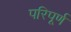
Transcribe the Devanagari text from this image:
परिपूर्ण